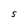
Character: S